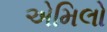
એમિલો